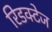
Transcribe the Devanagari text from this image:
रिडक्टेज